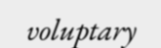
voluptary